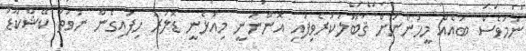
ނަމަވެސް ބައެއް މީހުންނަށް ޤަބޫލުކުރެވިފައި އޮންނަނީ މިއުޅެނީ ޑޮލަރު ހިފައިގެން ނުވަތަ ކޭޝްކާޑު